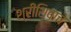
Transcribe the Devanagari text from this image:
श्रीशिवाचे